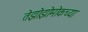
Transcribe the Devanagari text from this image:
तेझोझोमोकच्या